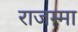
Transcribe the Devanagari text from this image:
राजम्मा